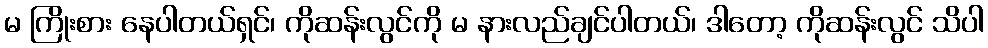
မ ကြိုးစား နေပါတယ်ရှင်၊ ကိုဆန်းလွင်ကို မ နားလည်ချင်ပါတယ်၊ ဒါတော့ ကိုဆန်းလွင် သိပါ